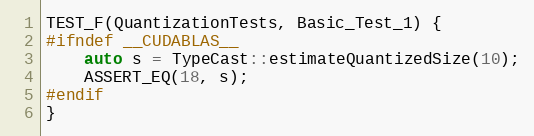
Language: C++
TEST_F(QuantizationTests, Basic_Test_1) {
#ifndef __CUDABLAS__
    auto s = TypeCast::estimateQuantizedSize(10);
    ASSERT_EQ(18, s);
#endif
}